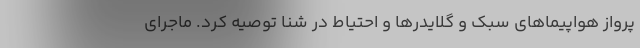
پرواز هواپیماهای سبک و گلایدرها و احتیاط در شنا توصیه کرد. ماجرای